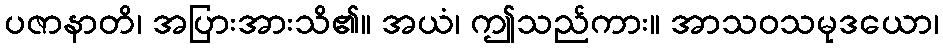
ပဇာနာတိ၊ အပြားအားသိ၏။ အယံ၊ ဤသည်ကား။ အာသဝသမုဒယော၊